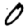
Digit: 0